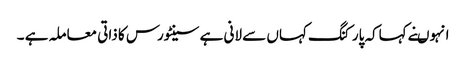
انہوںنے کہاکہ پارکنگ کہاں سے لانی ہے سینٹورس کا ذاتی معاملہ ہے ۔